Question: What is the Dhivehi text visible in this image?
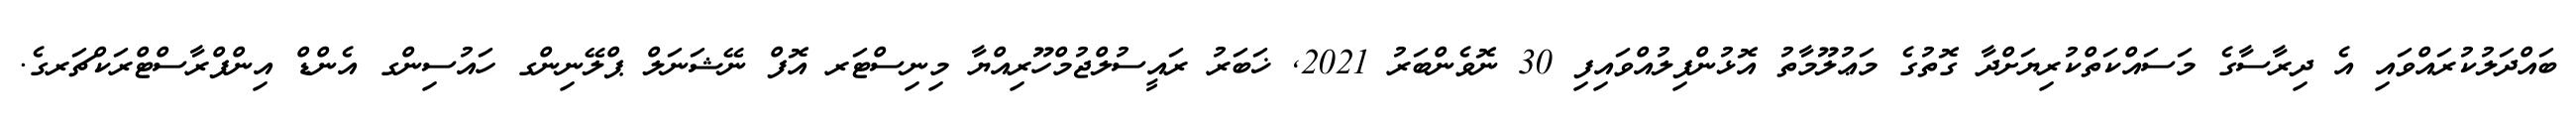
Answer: ބައްދަލުކުރައްވައި އެ ދިރާސާގެ މަސައްކަތްކުރިޔަށްދާ ގޮތުގެ މަޢުލޫމާތު އޮޅުންފިލުއްވައިފި 30 ނޮވެންބަރު 2021, ޚަބަރު ރައީސުލްޖުމްހޫރިއްޔާ މިނިސްޓަރ އޮފް ނޭޝަނަލް ޕްލޭނިންގ ހައުސިންގ އެންޑް އިންފްރާސްޓްރަކްޗަރގެ.